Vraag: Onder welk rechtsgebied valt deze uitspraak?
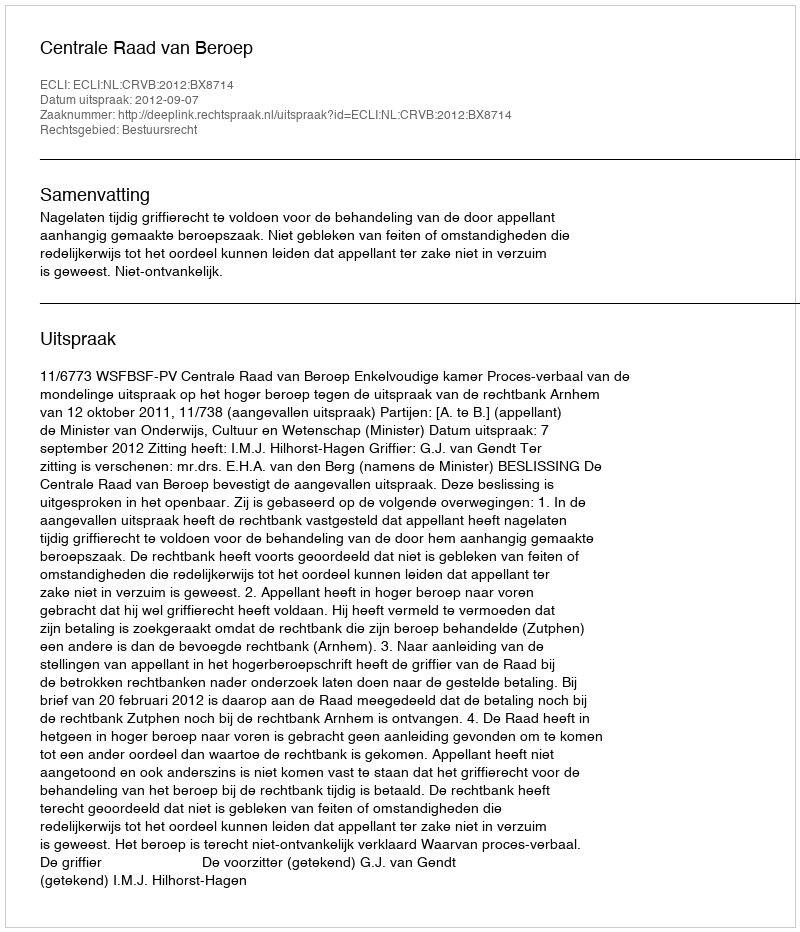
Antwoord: Bestuursrecht